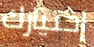
إختيارك